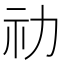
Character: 𥘋